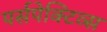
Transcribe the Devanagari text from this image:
पर्सपेक्टिव्स